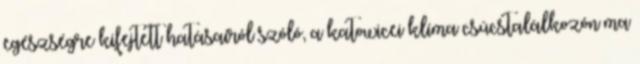
egészségre kifejtett hatásairól szóló, a katowicei klíma csúcstalálkozón ma